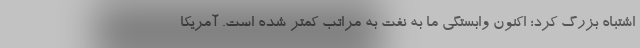
اشتباه بزرگ کرد؛ اکنون وابستگی ما به نفت به مراتب کمتر شده است. آمریکا